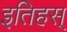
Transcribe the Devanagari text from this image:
इतिहस्